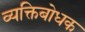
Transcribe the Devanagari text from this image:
व्यक्तिबोधक